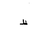
Letter: _za